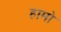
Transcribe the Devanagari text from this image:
हामो